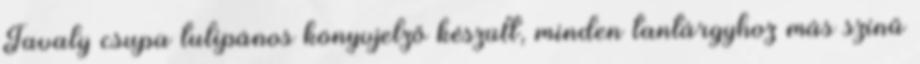
Tavaly csupa tulipános könyvjelző készült, minden tantárgyhoz más színű